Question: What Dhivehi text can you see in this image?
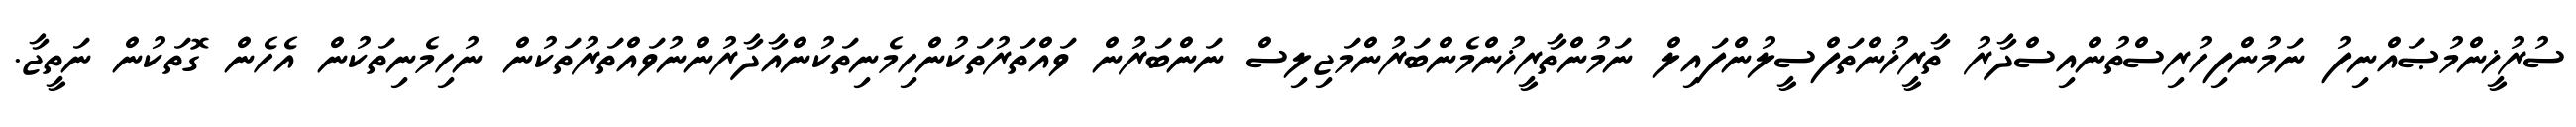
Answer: ސުރުޚީންމުޞައްނިފު ނަމުންފިހުރިސްތުންއިސްދާރު ތާރީޚުންތަފްސީލުންފައިލް ނަމުންތާރީޚުންމެންބަރުންމަޖިލިސް ނަންބަރުން ވައްތަރުތަކުންހިމެނިތަކުންއާދާރުންނުވައްތަރުތަކުން ނުހިމެނިތަކުން އެހެން ގޮތަކުން ނަތީޖާ.